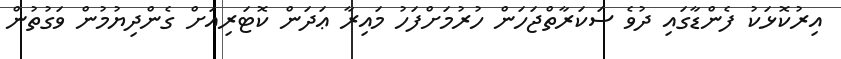
އިރުކޮޅަކު ފެންޑާގައި ދުވެ ސަކަރާތްޖަހަން ހުރުމަށްފަހު މައިރާ ޢަދަން ކޮޓަރިއަށް ގެންދިޔުމުން ވަގުތުން